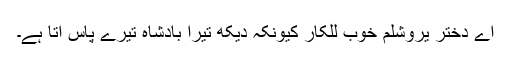
اے دخترِ یروشلم خوب للکار کیونکہ دیکھ تیرا بادشاہ تیرے پاس آتا ہے۔